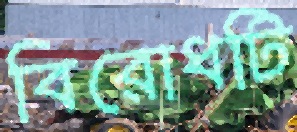
বিরোধটি